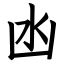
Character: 凼